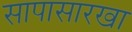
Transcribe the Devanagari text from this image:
सापासारखा